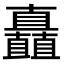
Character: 矗